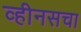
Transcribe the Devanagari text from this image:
व्हीनसचा